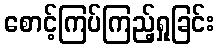
စောင့်ကြပ်ကြည့်ရှုခြင်း